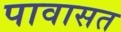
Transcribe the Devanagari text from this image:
पावासत